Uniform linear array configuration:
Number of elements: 32
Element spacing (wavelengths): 0.25
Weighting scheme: cosine
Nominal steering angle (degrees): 30
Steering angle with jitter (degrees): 30.422
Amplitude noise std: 0.05
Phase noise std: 0.05

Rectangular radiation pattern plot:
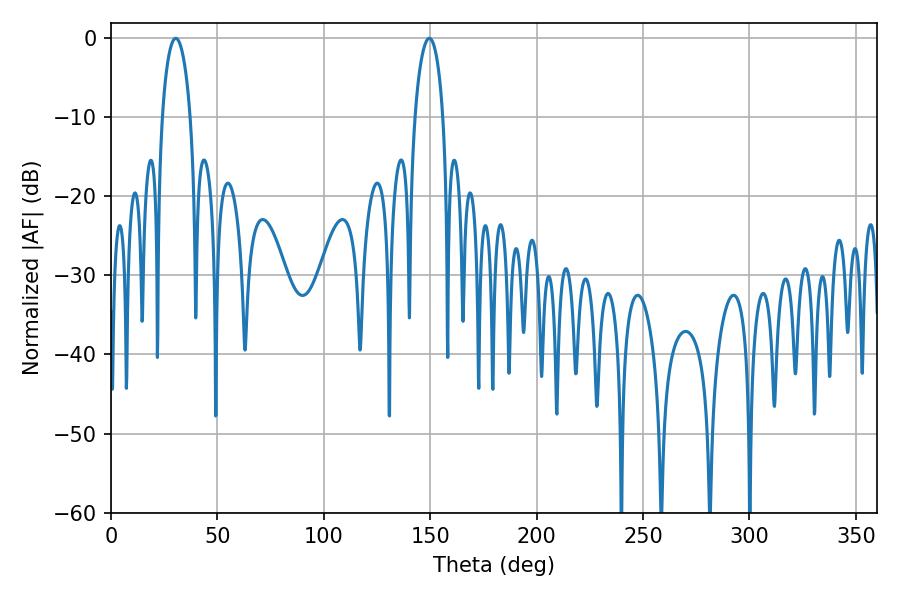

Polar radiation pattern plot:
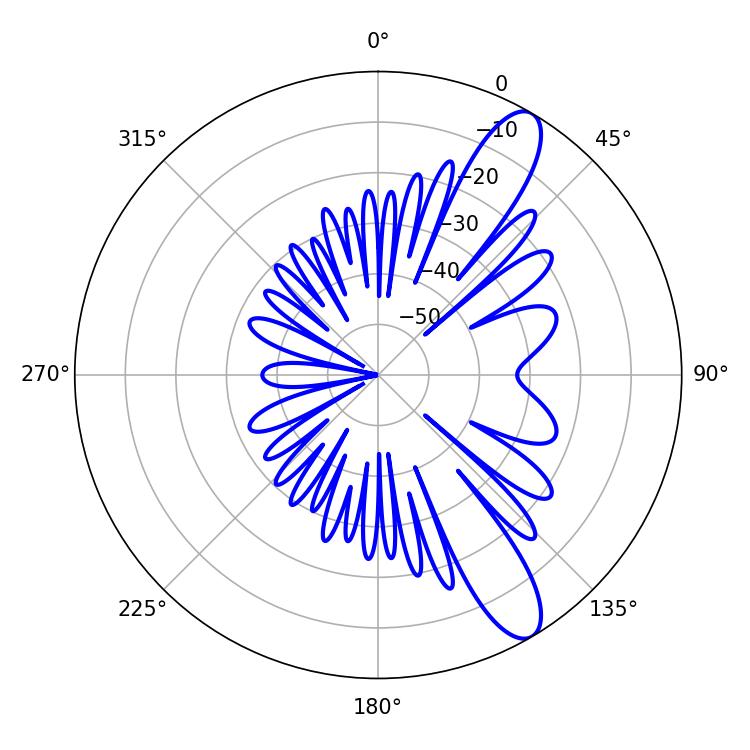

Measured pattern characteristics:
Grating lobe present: FALSE
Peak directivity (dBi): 11.272
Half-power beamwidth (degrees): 7.56
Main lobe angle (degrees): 30.42